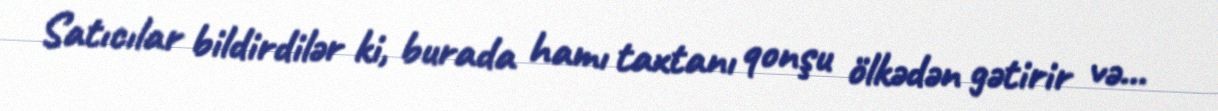
Satıcılar bildirdilər ki, burada hamı taxtanı qonşu ölkədən gətirir və...